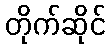
တိုက်ဆိုင်